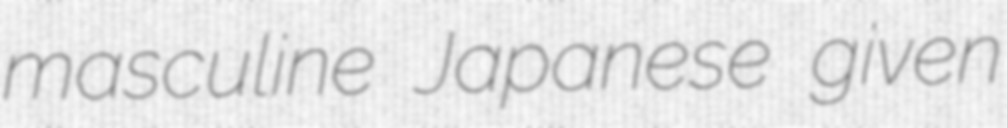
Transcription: masculine Japanese given